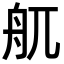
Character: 䑢